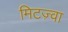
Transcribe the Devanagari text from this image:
मिटज़्वा